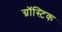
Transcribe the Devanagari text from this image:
ग्नॉस्टिक